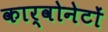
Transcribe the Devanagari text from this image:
कार्वोनेटों